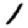
Digit: 1